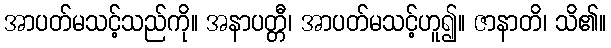
အာပတ်မသင့်သည်ကို။ အနာပတ္တီ၊ အာပတ်မသင့်ဟူ၍။ ဇာနာတိ၊ သိ၏။